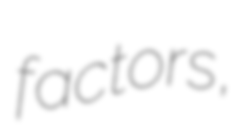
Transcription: factors,